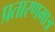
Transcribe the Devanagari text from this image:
प्रतारणमात्र